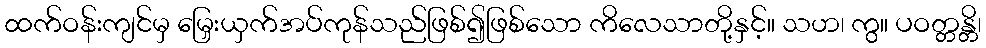
ထက်ဝန်းကျင်မှ မြှေးယှက်အပ်ကုန်သည်ဖြစ်၍ဖြစ်သော ကိလေသာတို့နှင့်။ သဟ၊ ကွ။ ပဝတ္တန္တိ၊